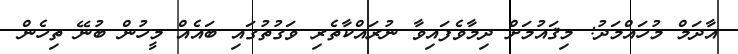
އާދަމް މުހައްމަދު: މިޤައުމަށް ދިމާވެފައިވާ ނުރައްކާތެރި ވަގުތުގައި ބައެއް މީހުން ބުނޭ ތިހެން